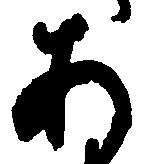
あ